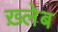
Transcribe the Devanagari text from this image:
ख़्लेब